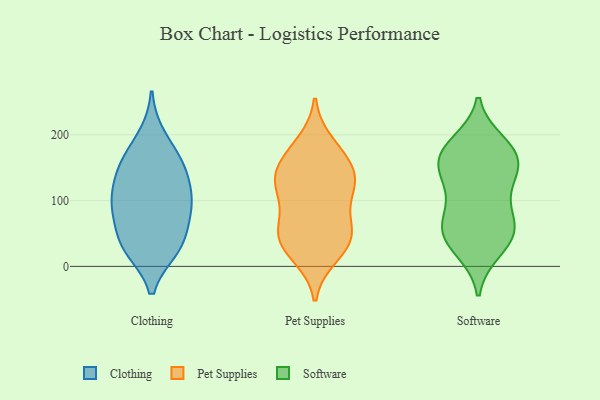
{"axis": {"x": "Gross Profit (USD K)", "y": "Value"}, "legend": ["Clothing", "Pet Supplies", "Software"], "data": [{"x": "", "y": 31, "type": "Clothing"}, {"x": "", "y": 197, "type": "Clothing"}, {"x": "", "y": 38, "type": "Clothing"}, {"x": "", "y": 27, "type": "Clothing"}, {"x": "", "y": 152, "type": "Clothing"}, {"x": "", "y": 79, "type": "Clothing"}, {"x": "", "y": 153, "type": "Clothing"}, {"x": "", "y": 107, "type": "Clothing"}, {"x": "", "y": 135, "type": "Clothing"}, {"x": "", "y": 98, "type": "Clothing"}, {"x": "", "y": 92, "type": "Clothing"}, {"x": "", "y": 162, "type": "Clothing"}, {"x": "", "y": 31, "type": "Clothing"}, {"x": "", "y": 90, "type": "Clothing"}, {"x": "", "y": 187, "type": "Pet Supplies"}, {"x": "", "y": 44, "type": "Pet Supplies"}, {"x": "", "y": 16, "type": "Pet Supplies"}, {"x": "", "y": 141, "type": "Pet Supplies"}, {"x": "", "y": 70, "type": "Pet Supplies"}, {"x": "", "y": 120, "type": "Pet Supplies"}, {"x": "", "y": 47, "type": "Pet Supplies"}, {"x": "", "y": 125, "type": "Pet Supplies"}, {"x": "", "y": 23, "type": "Pet Supplies"}, {"x": "", "y": 127, "type": "Pet Supplies"}, {"x": "", "y": 138, "type": "Pet Supplies"}, {"x": "", "y": 164, "type": "Pet Supplies"}, {"x": "", "y": 47, "type": "Pet Supplies"}, {"x": "", "y": 172, "type": "Pet Supplies"}, {"x": "", "y": 54, "type": "Pet Supplies"}, {"x": "", "y": 104, "type": "Pet Supplies"}, {"x": "", "y": 82, "type": "Software"}, {"x": "", "y": 53, "type": "Software"}, {"x": "", "y": 55, "type": "Software"}, {"x": "", "y": 188, "type": "Software"}, {"x": "", "y": 51, "type": "Software"}, {"x": "", "y": 27, "type": "Software"}, {"x": "", "y": 71, "type": "Software"}, {"x": "", "y": 162, "type": "Software"}, {"x": "", "y": 155, "type": "Software"}, {"x": "", "y": 56, "type": "Software"}, {"x": "", "y": 180, "type": "Software"}, {"x": "", "y": 113, "type": "Software"}, {"x": "", "y": 164, "type": "Software"}, {"x": "", "y": 127, "type": "Software"}, {"x": "", "y": 133, "type": "Software"}, {"x": "", "y": 182, "type": "Software"}, {"x": "", "y": 155, "type": "Software"}, {"x": "", "y": 24, "type": "Software"}]}